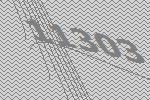
11303